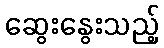
ဆွေးနွေးသည့်